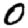
Digit: 0